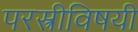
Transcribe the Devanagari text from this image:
परस्त्रीविषयी